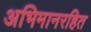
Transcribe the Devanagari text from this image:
अभिमानरहित